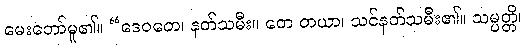
မေးတော်မူ၏။ “ဒေဝတေ၊ နတ်သမီး။ တေ တယာ၊ သင်နတ်သမီး၏။ သမ္ပတ္တိ၊